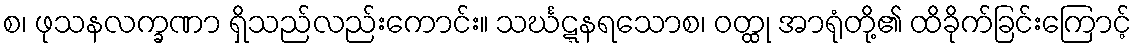
စ၊ ဖုသနလက္ခဏာ ရှိသည်လည်းကောင်း။ သင်္ဃဋ္ဋနရသောစ၊ ဝတ္ထု အာရုံတို့၏ ထိခိုက်ခြင်းကြောင့်